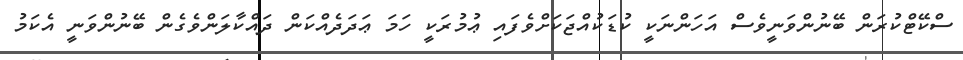
ސްކޭޓްކުރަން ބޭނުންވަނީވެސް އަހަންނަކީ ކުޑަކުއްޖަަކަށްވެފައި ޢުމުރަކީ ހަމަ ޢަދަދެއްކަން ދައްކާލަންވެގެން ބޭނުންވަނީ އެކަމު